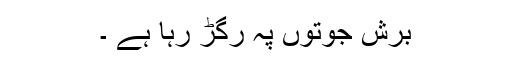
برش جوتوں پہ رگڑ رہا ہے ۔